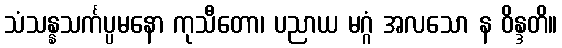
သံသန္နသင်္ကပ္ပမနော ကုသီတော၊ ပညာယ မဂ္ဂံ အလသော န ဝိန္ဒတိ။